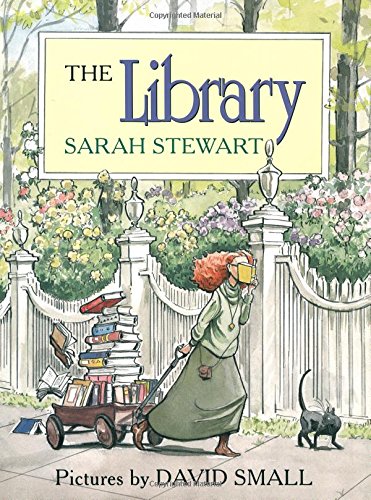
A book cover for The Library; Sarah Stewart; Children's Books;